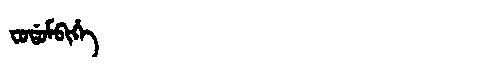
Manchu: ᠸᠣᡩᠣᠮᠪᡳᡥᡝ
Romanization: FODOMBIHE